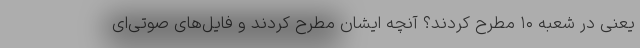
یعنی در شعبه ۱۰ مطرح کردند؟ آنچه ایشان مطرح کردند و فایل‌های صوتی‌ای